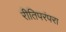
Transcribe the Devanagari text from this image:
रीतिपरंपरा